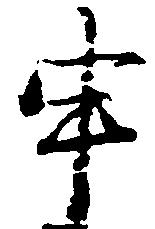
申